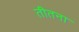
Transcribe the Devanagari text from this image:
तीतना